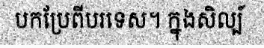
បកប្រែពីបរទេស។ ក្នុងសិល្ប៍